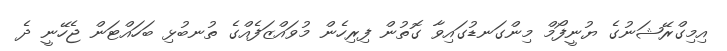
އިމިގްރޭޝަނުގެ ޔުނީފޯމް މިންގަނޑުގައިވާ ގޮތުން ފިރިހެން މުވައްޒަފެއްގެ ތުނބުޅި ބަހައްޓަން ޖެހޭނީ ދެ